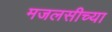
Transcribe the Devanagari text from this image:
मजलसीच्या